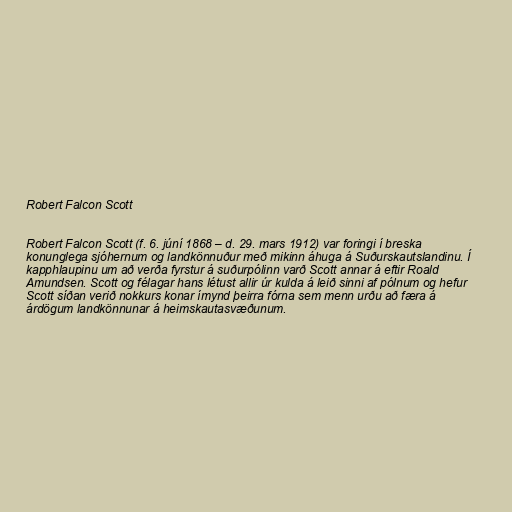
Robert Falcon Scott

Robert Falcon Scott (f. 6. júní 1868 – d. 29. mars 1912) var foringi í breska
konunglega sjóhernum og landkönnuður með mikinn áhuga á Suðurskautslandinu. Í
kapphlaupinu um að verða fyrstur á suðurpólinn varð Scott annar á eftir Roald
Amundsen. Scott og félagar hans létust allir úr kulda á leið sinni af pólnum og hefur
Scott síðan verið nokkurs konar ímynd þeirra fórna sem menn urðu að færa á
árdögum landkönnunar á heimskautasvæðunum.